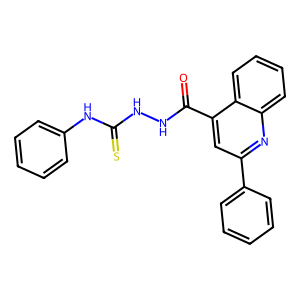
SMILES: O=C(NNC(=S)Nc1ccccc1)c1cc(-c2ccccc2)nc2ccccc12
Inhibits HIV replication: No